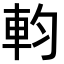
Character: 𨊷